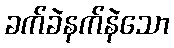
ခက်ခဲနက်နဲသော